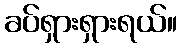
ခပ်ရှားရှားရယ်။